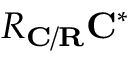
R _ { \mathbf { C / R } } { \mathbf { C } } ^ { * }